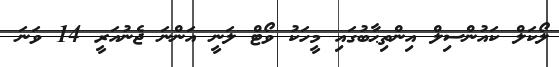
ލޯކަލް ކައުންސިލް އިންތިޙާބުގައި މީހަކު ވޯޓް ލަނީ އަންނަ ޖެނުއަރީ 14 ވަނަ